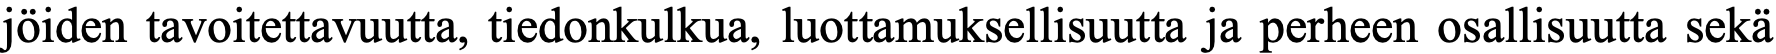
jöiden tavoitettavuutta, tiedonkulkua, luottamuksellisuutta ja perheen osallisuutta sekä